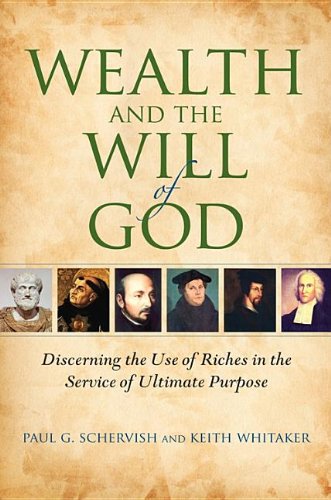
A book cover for Wealth and the Will of God: Discerning the Use of Riches in the Service of Ultimate Purpose (Philanthropic and Nonprofit Studies); Paul G. Schervish; Politics & Social Sciences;